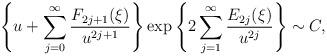
LaTeX: \begin{align*}\left\{ u+\sum_{j=0}^{\infty }\frac{{F_{2j+1}(\xi )}}{{u^{2j+1}}}\right\}\exp \left\{ 2\sum_{j=1}^{\infty }\frac{{E_{2j}(\xi )}}{{u^{2j}}}\right\}\sim C, \end{align*}